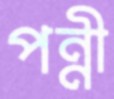
পন্নী